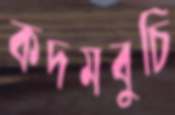
কদমবুচি